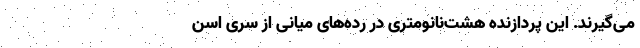
می‌گیرند. این پردازنده‌ هشت‌نانومتری‌ در رده‌های میانی از سری اسن